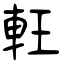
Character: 軖